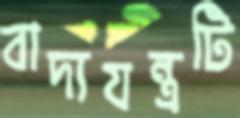
বাদ্যযন্ত্রটি